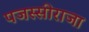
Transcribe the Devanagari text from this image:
पजस्सीराजा